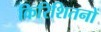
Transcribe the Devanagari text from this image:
किरिशितनों